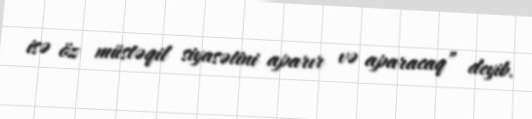
isə öz müstəqil siyasətini aparır və aparacaq” deyib.